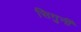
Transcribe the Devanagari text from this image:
सिगुर्नी